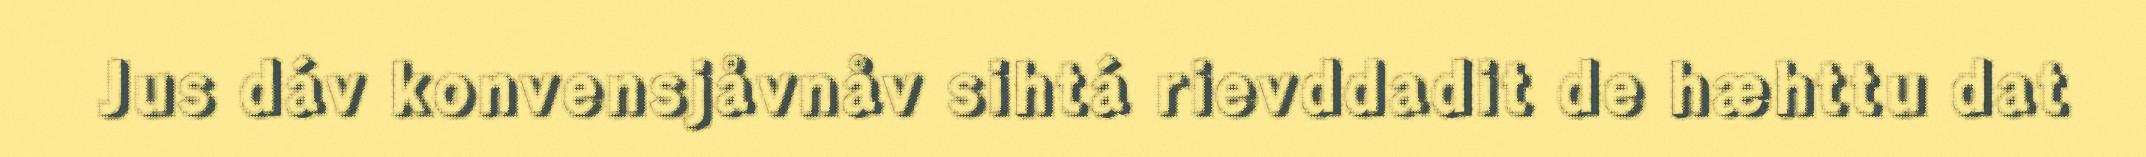
Jus dáv konvensjåvnåv sihtá rievddadit de hæhttu dat